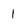
Character: 1